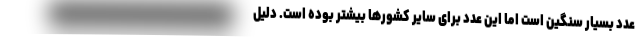
عدد بسیار سنگین است اما این عدد برای سایر کشورها بیشتر بوده است. دلیل